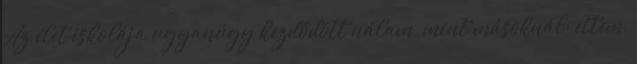
Az élet iskolája ugyanúgy kezdődött nálam, mint másoknál: ettem,